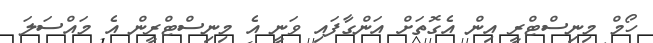
ހޯމް މިނިސްޓްރީ އިން އެގޮތަށް އަންގާފައި ވަނީ އެ މިނިސްޓްރީން އެ މައްސަލަ